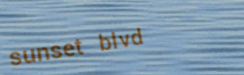
sunset blvd